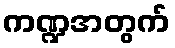
ကဏ္ဍအတွက်